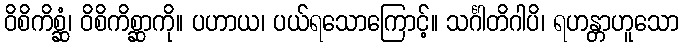
ဝိစိကိစ္ဆံ၊ ဝိစိကိစ္ဆာကို။ ပဟာယ၊ ပယ်ရသောကြောင့်။ သင်္ဂါတိဂါပိ၊ ရဟန္တာဟူသော